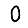
Digit: 0